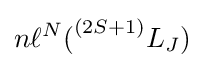
n{\ell ^{N}}{{(}^{(2S+1)}}{L_{J}})